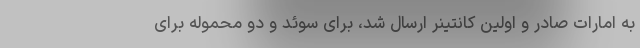
به امارات صادر و اولین کانتینر ارسال شد، برای سوئد و دو محموله برای